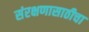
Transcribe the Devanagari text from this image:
संरक्षणासाठीचा